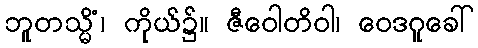
ဘူတသ္မိံ၊ ကိုယ်၌။ ဇီဝေါတိဝါ၊ ဝေဒဂူခေါ်